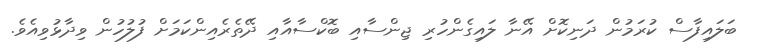
ބަލައިފާސް ކުރަމުން ދަނިކޮށް އޭނާ ލައިގެންހުރި ޖިންސާއި ބޮކްސާއާއި ދޭތެރެއިންކަމަށް ފުލުހުން ވިދާޅުވިއެވެ.